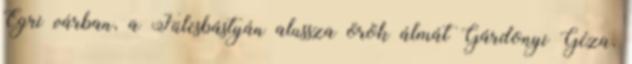
Egri várban, a Fülesbástyán alussza örök álmát Gárdonyi Géza,